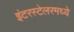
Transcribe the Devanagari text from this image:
इंटरस्टेलरमध्ये